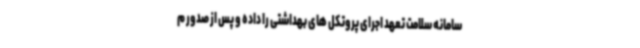
سامانه سلامت تعهد اجرای پروتکل های بهداشتی را داده و پس از صدور م